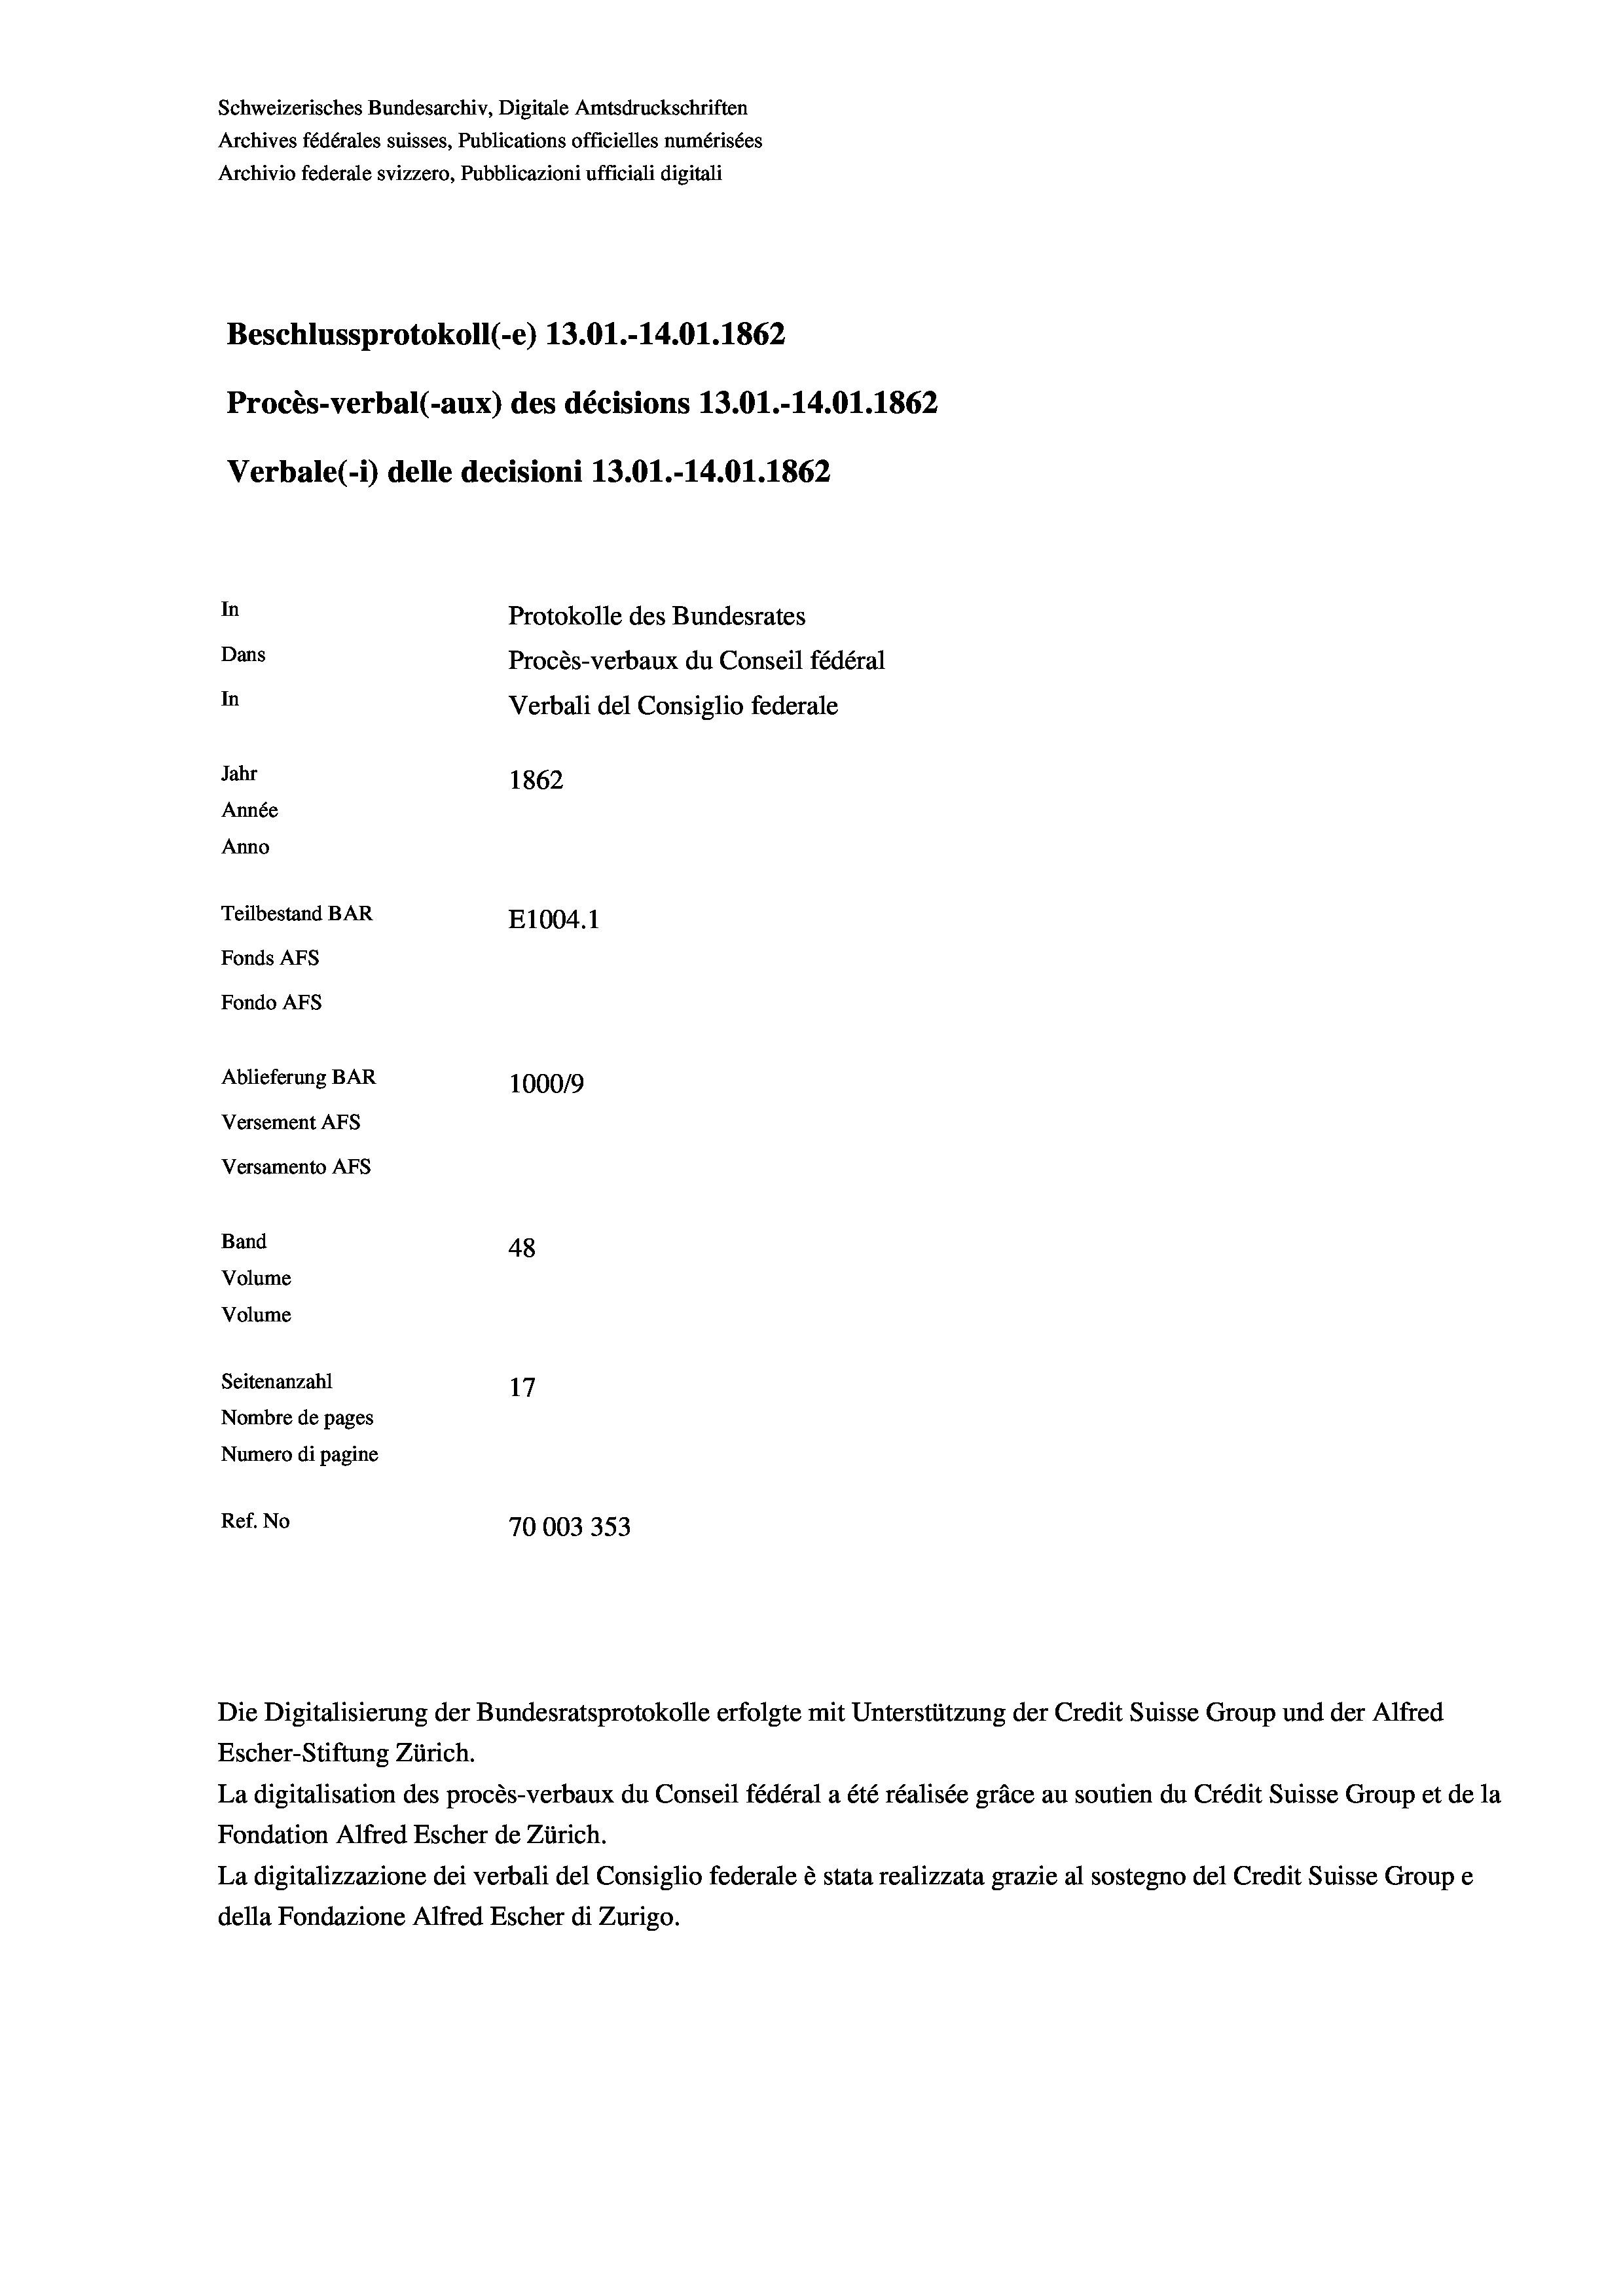
Schweizerisches Bundesarchiv, Digitale Amtsdruckschriften
Archives fédérales suisses, Publications officielles numérisées
Archivio federale svizzero, Pubblicazioni ufficiali digitali
Beschlussprotokoll (-e) 13.01.-14.01. 1862
Procès-verbal (-aux) des décisions 13.01.-14.01. 1862
Verbale(-*) delle decisioni 13.01.-14.01. 1862
In
Protokolle des Bundesrates
Dans
Procès-verbaux du Conseil fédéral
In
Verbali del Consiglio federale
Jahr
1862
Année
Anno
Teilbestand BAR
E1004. 1
Fonds AFs
Fondo AFS
Ablieferung BAR
100019
Versement AFs
Versamento AFs
Band
48
Volume
Volume
Seitenanzahl
17
Nombre de pages
Numero di pagine
Ref. No
70003353

Escher-Stiftung Zürich.
La digitalisation des procès-verbaux du Conseil fédéral a été réalisée gräce au soutien du Crédit Suisse Group et de la
Fondation Alfred Escher de Zürich.
La digitalizzazione dei verbali del Consiglio federale è stata realizzata grazie al sostegno del Credit Suisse Groupe
della Fondazione Alfred Escher di Zurigo.

Die Digitalisierung der Bundesratsprotokolle erfolgte mit Unterstützung der Credit Suisse Group und der Alfred